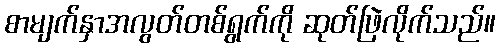
စာမျက်နှာအလွတ်တစ်ရွက်ကို ဆုတ်ဖြဲလိုက်သည်။